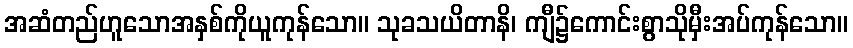
အဆံတည်ဟူသောအနှစ်ကိုယူကုန်သော။ သုခသယိတာနိ၊ ကျီ၌ကောင်းစွာသိုမှီးအပ်ကုန်သော။